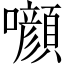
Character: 㘖